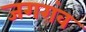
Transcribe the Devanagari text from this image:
जगरांव